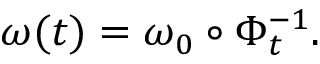
\omega ( t ) = \omega _ { 0 } \circ \Phi _ { t } ^ { - 1 } .